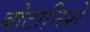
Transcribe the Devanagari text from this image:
बोटानिशे